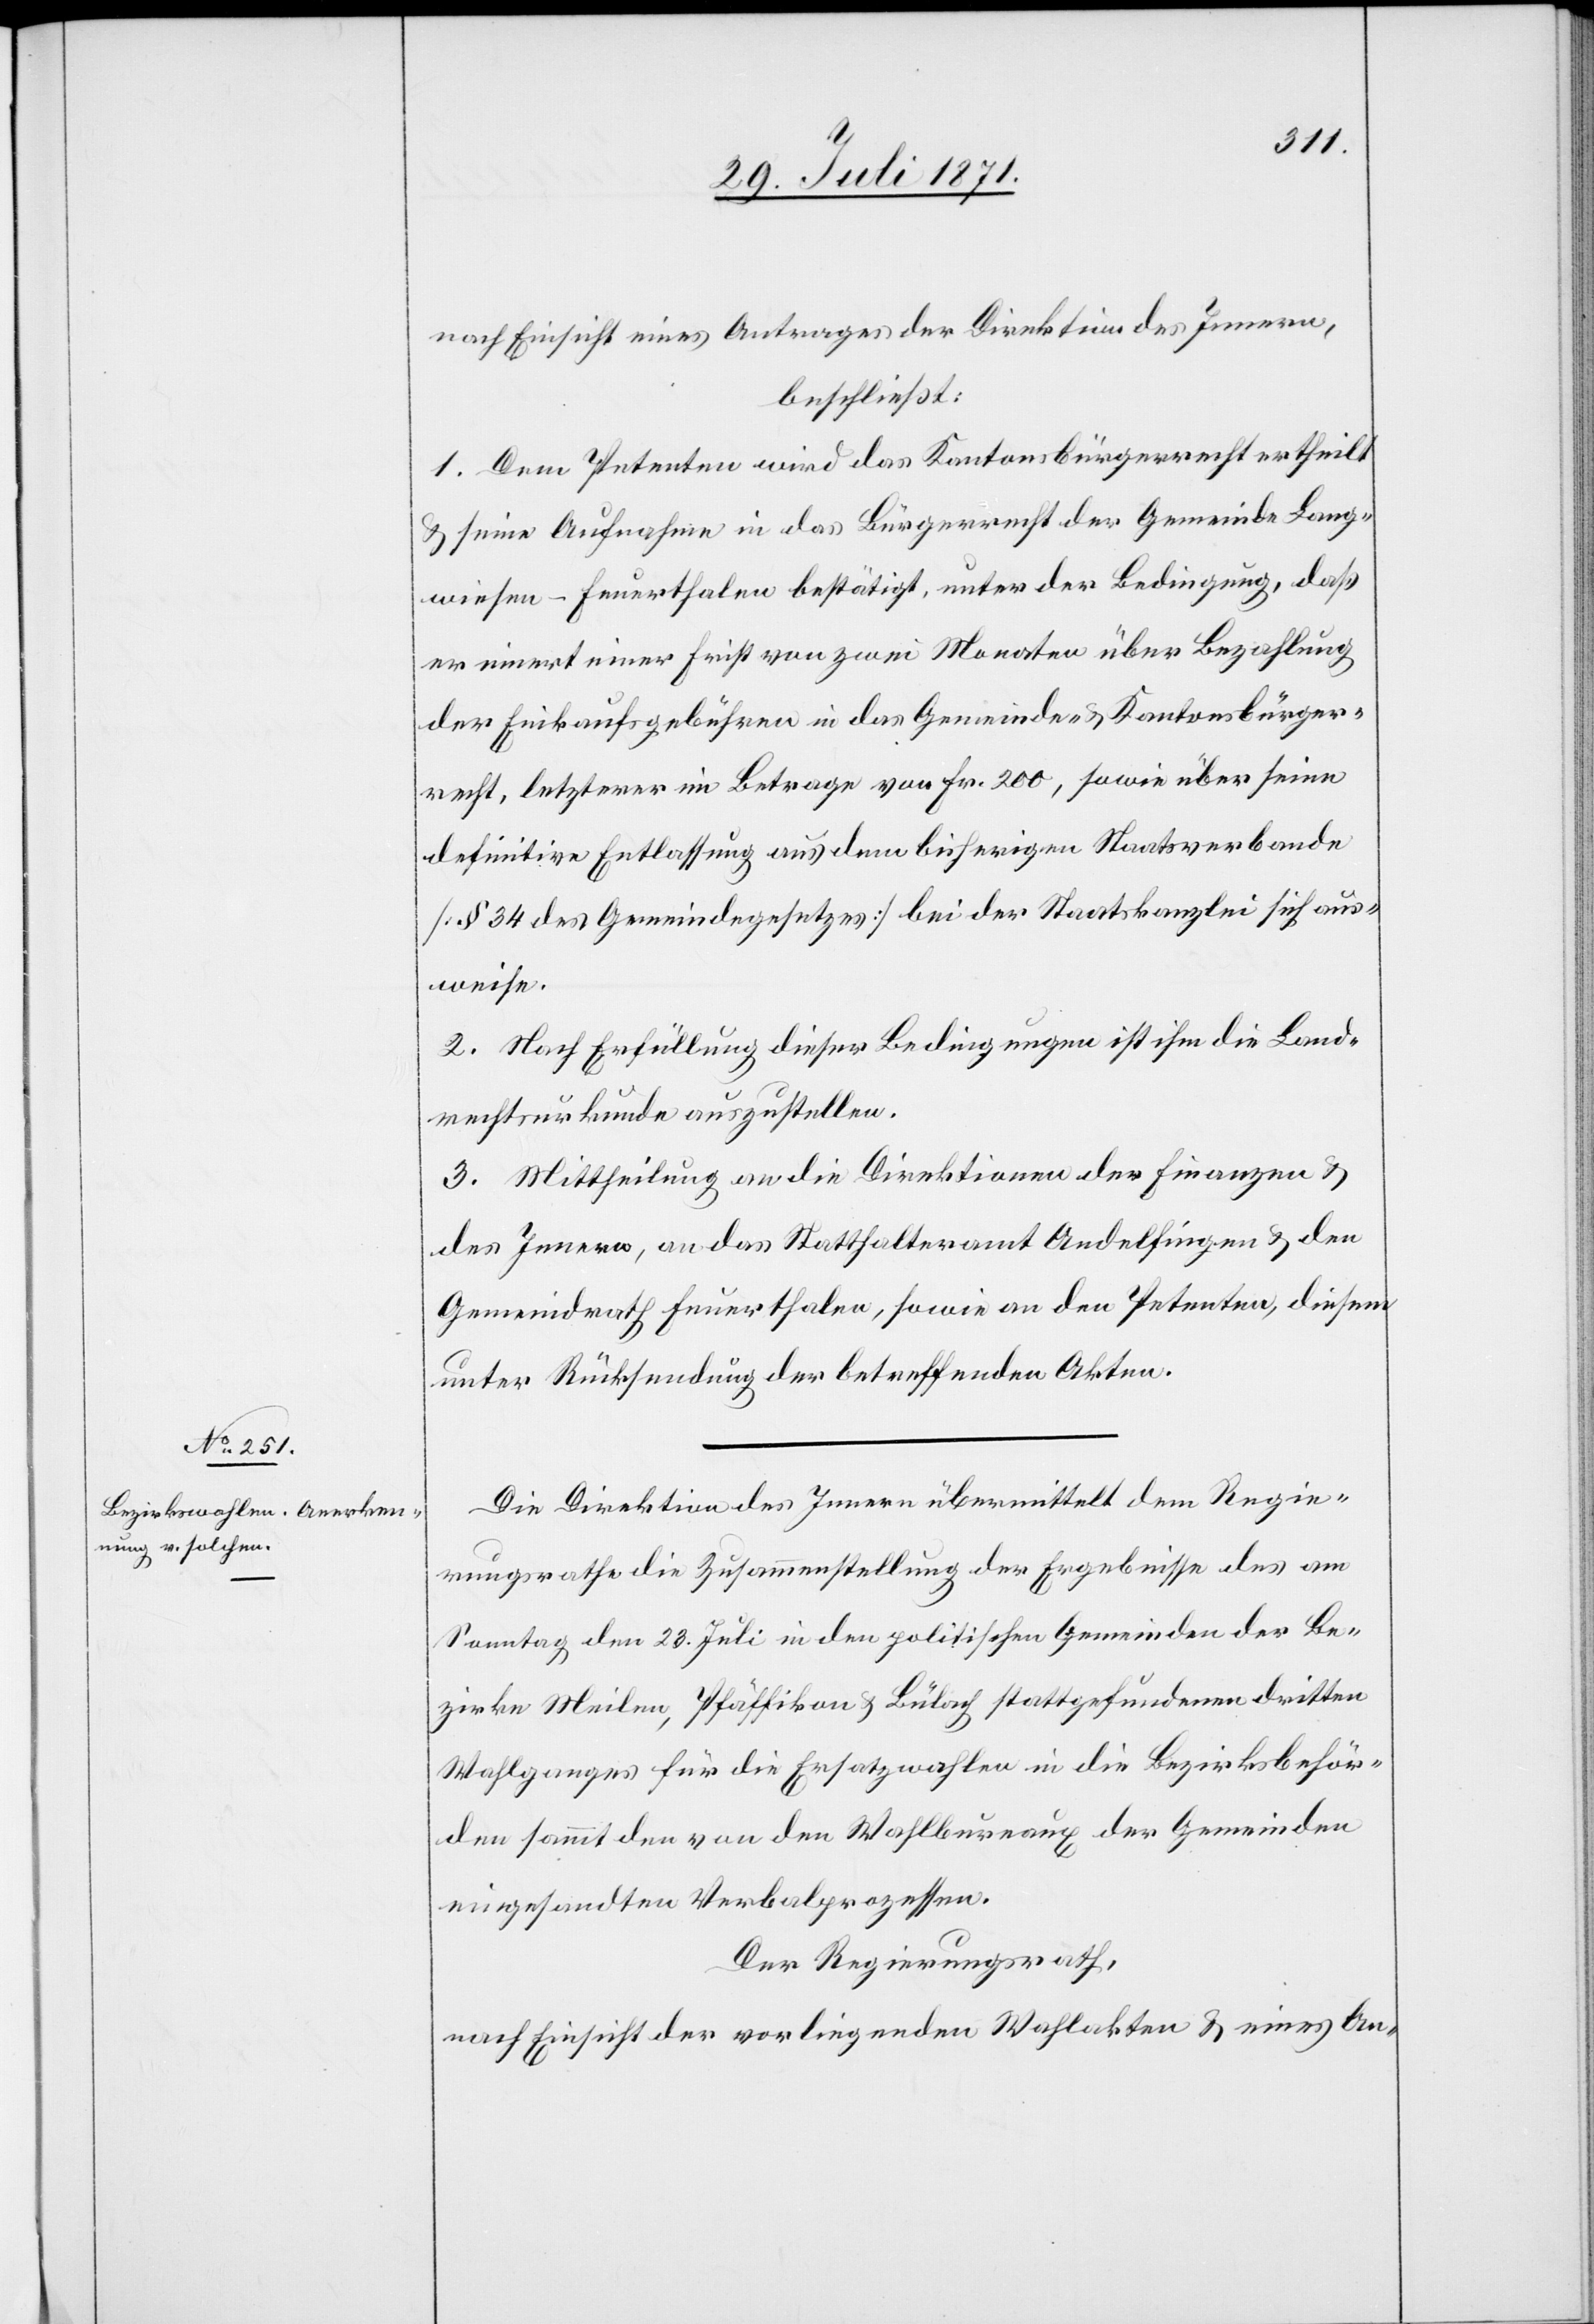
nach Einsicht eines Antrages der Direktion des Innern,
beschließt:
1. Dem Petenten wird das Kantonsbürgerrecht ertheilt
u. seine Aufnahme in der Bürgerrecht der Gemeinde Land¬
wiesen-Feuerthalen bestätigt, unter der Bedingung, daß
er innert einer Frist von zwei Monaten über Bezahlung
der Einkaufsgebühren in das Gemeinde- u. Kantonsbürger¬
recht, letzterer im Betrage von Fr. 200, sowie über seine
definitive Entlassung aus dem bisherigen Staatsverbande
[§ 34 des Gemeindegesetzes] bei der Staatskanzlei sich aus¬
weise.
2. Nach Erfüllung dieser Bedingungen ist ihm die Land¬
rechtsurkunde auszustellen.
3. Mittheilung an die Direktion der Finanzen u.
des Innern, an das Statthalteramt Andelfingen u. den
Gemeindrath Feuerthalen, sowie an den Petenten, diesem
unter Rücksendung der betreffenden Akten.
Die Direktion des Innern übermittelt dem Regie¬
rungsrathe die Zusammenstellung der Ergebnisse des am
Sonntag den 23. Juli in den politischen Gemeinden der Be¬
zirke Meilen, Pfäffikon u. Bülach stattgefundenen dritten
Wahlganges für die Ersatzwahlen in die Bezirksbehör¬
den sammt den von den Wahlbureaux der Gemeinden
eingesandten Verbalprozessen.
Der Regierungsrath,
nach Einsicht der vorliegenden Wahlakten u. eines An-